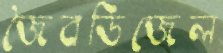
জৈবডিজেল